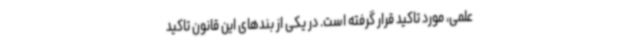
علمی، مورد تاکید قرار گرفته است. در یکی از بندهای این قانون تاکید